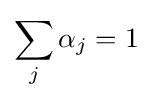
\sum _{j}\alpha _{j}=1